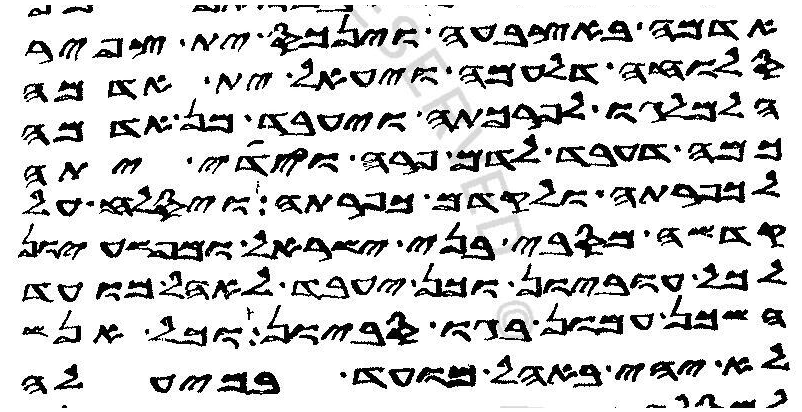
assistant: אדמה באצבעה וינכס ית צפיר
סלוחה דלעמה ויעאל ית אדמה
הלמלגו לכפרתה ויעבד מן אדמה
כמה דעבד לדם פרה וידי יתה
לכפרתה ולקדם כפרתה ויסלח על
קדשה מסבי בני ישראל ומפשעיון
לכל עוביון וכן יעבד לאהל מועד
השכן עמון בגו סביון וכל אנש
לא יהי באהל מועד במיעלה